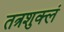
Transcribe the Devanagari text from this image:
तत्रशुक्लं